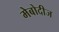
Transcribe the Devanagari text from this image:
मेबोदीज